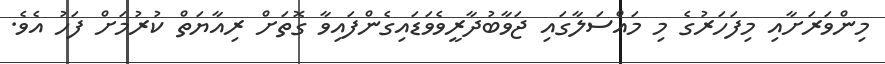
މިންވަރަށާއި މިފަހަރުގެ މި މައްސަލާގައި ޖަވާބުދާރީވެވަޑައިގެންފައިވާ ގޮތަށް ރިއާޔަތް ކުރުމަށް ފަހު އެވެ.